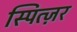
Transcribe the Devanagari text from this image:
स्पित्ज़र